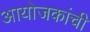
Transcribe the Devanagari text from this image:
आयोजकांची